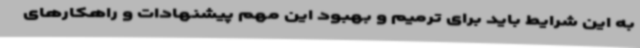
به این شرایط باید برای ترمیم و بهبود این مهم پیشنهادات و راهکارهای